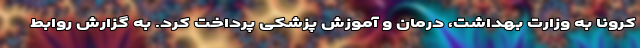
کرونا به وزارت بهداشت، درمان و آموزش پزشکی پرداخت کرد. به گزارش روابط